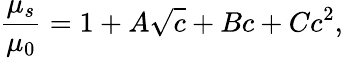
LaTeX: {\frac{\mu_{s}}{\mu_{0}}}=1+A{\sqrt{c}}+Bc+Cc^{2},